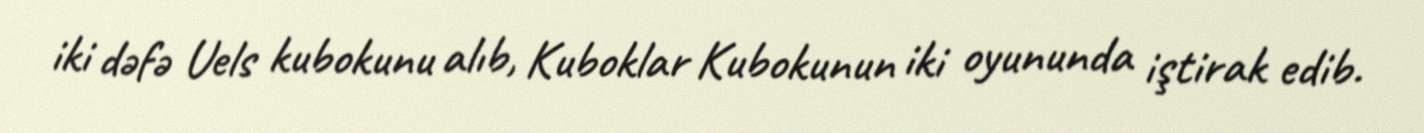
iki dəfə Uels kubokunu alıb, Kuboklar Kubokunun iki oyununda iştirak edib.